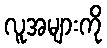
လူအများကို